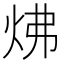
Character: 炥